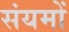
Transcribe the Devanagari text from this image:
संयमों